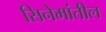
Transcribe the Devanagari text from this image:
सिनेमांतील